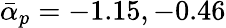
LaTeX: \bar{\alpha}_{p}=-1.15,-0.46